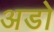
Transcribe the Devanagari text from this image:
अडो